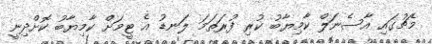
މެޗުގައި އާސެނަލް ކާމިޔާބު ކުރި ފުރަތަމަ ލަނޑު އެ ޓީމަށް ކާމިޔާބު ކޮށްދިނީ